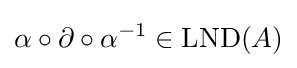
\alpha \circ \partial \circ \alpha ^{-1}\in \operatorname {LND} (A)